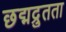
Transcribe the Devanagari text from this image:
छद्मद्रुतता